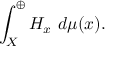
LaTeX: \int _ { X } ^ { \oplus } H _ { x } \ d \mu ( x ) .